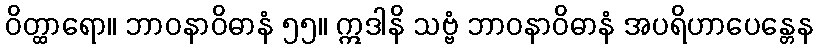
ဝိတ္ထာရော။ ဘာဝနာဝိဓာနံ ၅၅။ ဣဒါနိ သဗ္ဗံ ဘာဝနာဝိဓာနံ အပရိဟာပေန္တေန